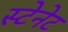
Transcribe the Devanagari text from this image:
स्टेनेट